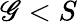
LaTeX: \mathscr{G}<S